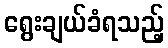
ရွေးချယ်ခံရသည့်